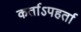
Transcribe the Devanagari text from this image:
कर्ताऽपहर्ता